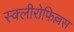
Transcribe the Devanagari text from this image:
स्क्लीरोफिल्लस